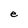
Character: e